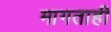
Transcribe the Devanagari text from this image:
मागताही